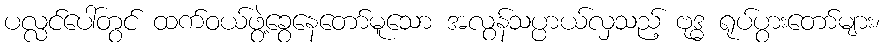
ပလ္လင်ပေါ်တွင် ထက်ဝယ်ဖွဲ့ခွေနေတော်မူသော အလွန်သပ္ပာယ်လှသည့် ဗုဒ္ဓ ရုပ်ပွားတော်များ၊